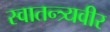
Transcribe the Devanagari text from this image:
स्वातन्त्र्यवीर